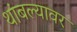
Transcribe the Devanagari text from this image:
थांबल्यावर